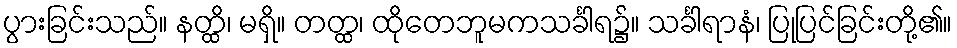
ပွားခြင်းသည်။ နတ္ထိ၊ မရှိ။ တတ္ထ၊ ထိုတေဘူမကသင်္ခါရ၌။ သင်္ခါရာနံ၊ ပြုပြင်ခြင်းတို့၏။